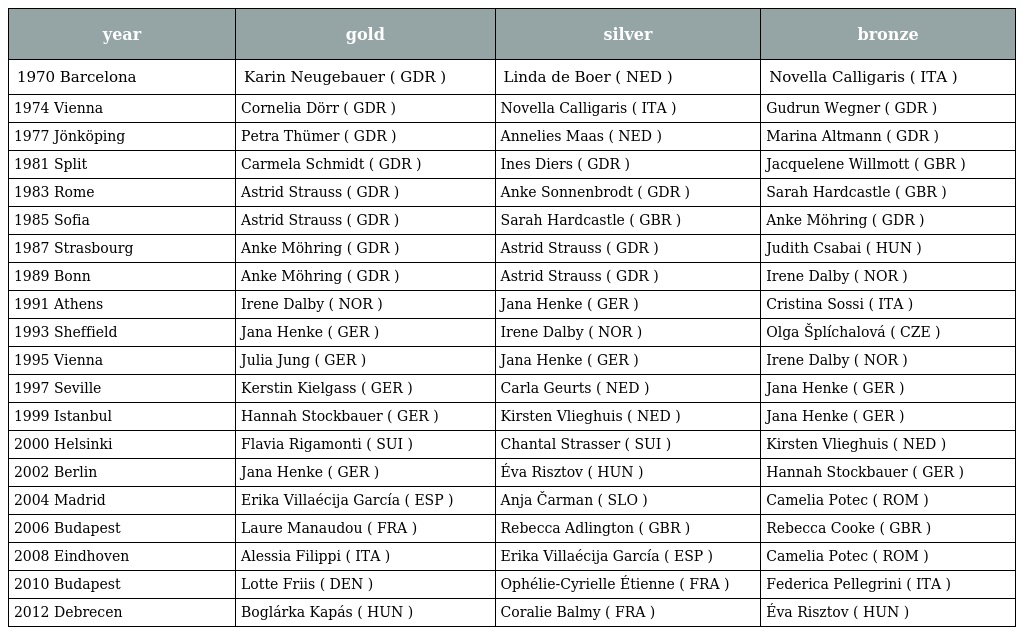
| year | gold | silver | bronze |
 | --- | --- | --- | --- |
 | 1970 Barcelona | Karin Neugebauer ( GDR ) | Linda de Boer ( NED ) | Novella Calligaris ( ITA ) |
 | 1974 Vienna | Cornelia Dörr ( GDR ) | Novella Calligaris ( ITA ) | Gudrun Wegner ( GDR ) |
 | 1977 Jönköping | Petra Thümer ( GDR ) | Annelies Maas ( NED ) | Marina Altmann ( GDR ) |
 | 1981 Split | Carmela Schmidt ( GDR ) | Ines Diers ( GDR ) | Jacquelene Willmott ( GBR ) |
 | 1983 Rome | Astrid Strauss ( GDR ) | Anke Sonnenbrodt ( GDR ) | Sarah Hardcastle ( GBR ) |
 | 1985 Sofia | Astrid Strauss ( GDR ) | Sarah Hardcastle ( GBR ) | Anke Möhring ( GDR ) |
 | 1987 Strasbourg | Anke Möhring ( GDR ) | Astrid Strauss ( GDR ) | Judith Csabai ( HUN ) |
 | 1989 Bonn | Anke Möhring ( GDR ) | Astrid Strauss ( GDR ) | Irene Dalby ( NOR ) |
 | 1991 Athens | Irene Dalby ( NOR ) | Jana Henke ( GER ) | Cristina Sossi ( ITA ) |
 | 1993 Sheffield | Jana Henke ( GER ) | Irene Dalby ( NOR ) | Olga Šplíchalová ( CZE ) |
 | 1995 Vienna | Julia Jung ( GER ) | Jana Henke ( GER ) | Irene Dalby ( NOR ) |
 | 1997 Seville | Kerstin Kielgass ( GER ) | Carla Geurts ( NED ) | Jana Henke ( GER ) |
 | 1999 Istanbul | Hannah Stockbauer ( GER ) | Kirsten Vlieghuis ( NED ) | Jana Henke ( GER ) |
 | 2000 Helsinki | Flavia Rigamonti ( SUI ) | Chantal Strasser ( SUI ) | Kirsten Vlieghuis ( NED ) |
 | 2002 Berlin | Jana Henke ( GER ) | Éva Risztov ( HUN ) | Hannah Stockbauer ( GER ) |
 | 2004 Madrid | Erika Villaécija García ( ESP ) | Anja Čarman ( SLO ) | Camelia Potec ( ROM ) |
 | 2006 Budapest | Laure Manaudou ( FRA ) | Rebecca Adlington ( GBR ) | Rebecca Cooke ( GBR ) |
 | 2008 Eindhoven | Alessia Filippi ( ITA ) | Erika Villaécija García ( ESP ) | Camelia Potec ( ROM ) |
 | 2010 Budapest | Lotte Friis ( DEN ) | Ophélie-Cyrielle Étienne ( FRA ) | Federica Pellegrini ( ITA ) |
 | 2012 Debrecen | Boglárka Kapás ( HUN ) | Coralie Balmy ( FRA ) | Éva Risztov ( HUN ) |